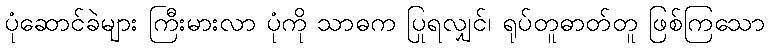
ပုံဆောင်ခဲများ ကြီးမားလာ ပုံကို သာဓက ပြုရလျှင်၊ ရုပ်တူဓာတ်တူ ဖြစ်ကြသော